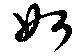
如